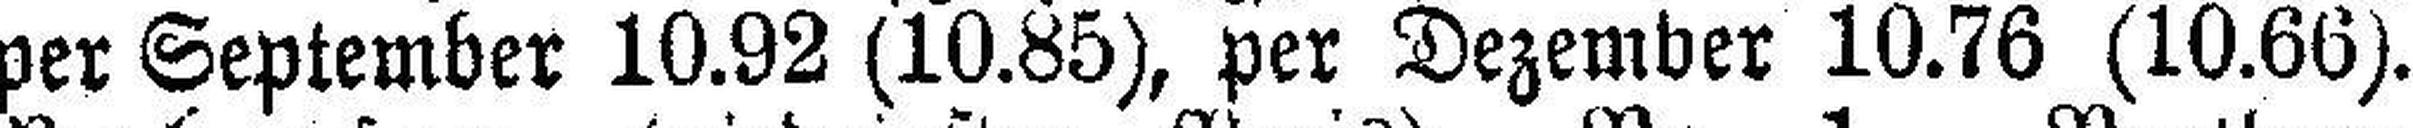
per September 10.92 (10.85), per Dezember 10.76 (10.66).